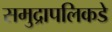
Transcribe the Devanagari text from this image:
समुद्रापलिकडे